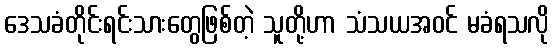
ဒေသခံတိုင်းရင်းသားတွေဖြစ်တဲ့ သူတို့ဟာ သံသယအဝင် မခံရသလို